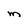
Character: M